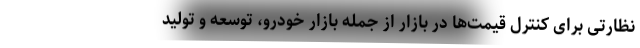
نظارتی برای کنترل قیمت‌ها در بازار از جمله بازار خودرو، توسعه و تولید